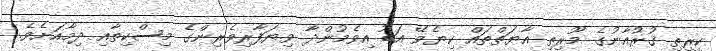
ކީރިތި ޤުރުއާނުގެ މޫރިތި އާޔަތްތައް ކިޔެވޭ އަޑު އިވެމުންދާ ވިޔަފާރިވެރިންގެ މިސްކިތާއި ދިމާއަށެވެ.